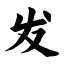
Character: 发